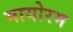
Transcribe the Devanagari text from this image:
मायोरम